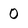
Character: 0